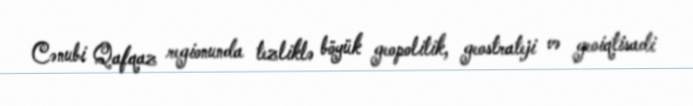
Cənubi Qafqaz regionunda tezliklə böyük geopolitik, geostrateji və geoiqtisadi